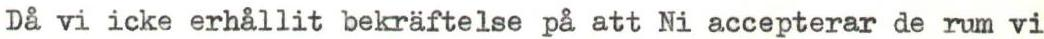
Då vi icke erhållit bekräftelse på att Ni accepterar de rum vi